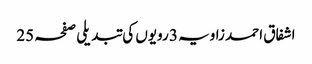
اشفاق احمد زاویہ 3 رویوں کی تبدیلی صفحہ 25